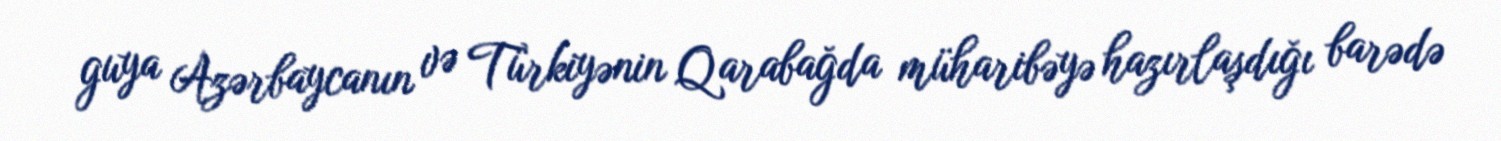
guya Azərbaycanın və Türkiyənin Qarabağda müharibəyə hazırlaşdığı barədə